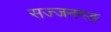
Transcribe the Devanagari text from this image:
सज्जनगङ